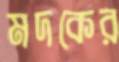
মদকের